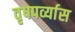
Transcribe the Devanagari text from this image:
वृषपर्व्यास